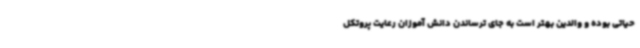
حیاتی بوده و والدین بهتر است به جای ترساندن دانش آموزان رعایت پروتکل